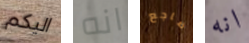
اليكم انه ضاجع انه